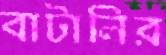
বাটালির